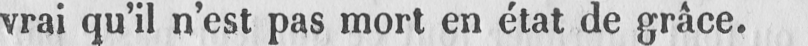
vrai qu’il n’est pas mort en état de grâce.